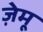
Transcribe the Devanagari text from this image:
ज़ेमू